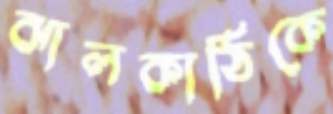
ঝালকাঠিকে